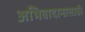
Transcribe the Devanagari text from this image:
अभिवादानासाठी